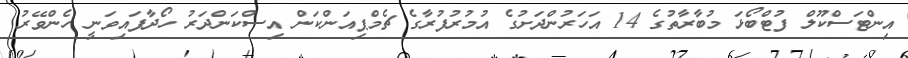
އިންޓަސްކޫލް ފުޓްބޯޅަ މުބާރާތުގެ 14 އަހަރުންދަށުގެ އުމުރުފުރާގެ ޗެމްޕިއަންކަން އިސްކަންދަރު ހޯދާފައިވަނީ ހެންވޭރު